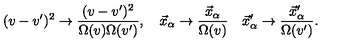
( v - v ^ { \prime } ) ^ { 2 } \rightarrow \frac { ( v - v ^ { \prime } ) ^ { 2 } } { \Omega ( v ) \Omega ( v ^ { \prime } ) } , \quad \vec { x } _ { \alpha } \rightarrow \frac { \vec { x } _ { \alpha } } { \Omega ( v ) } \quad \vec { x } _ { \alpha } ^ { \prime } \rightarrow \frac { \vec { x } _ { \alpha } ^ { \prime } } { \Omega ( v ^ { \prime } ) } .